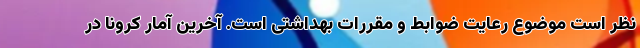
نظر است موضوع رعایت ضوابط و مقررات بهداشتی است. آخرین آمار کرونا در